Calcutta medical institutions reports 1892-1900
Year: 1892
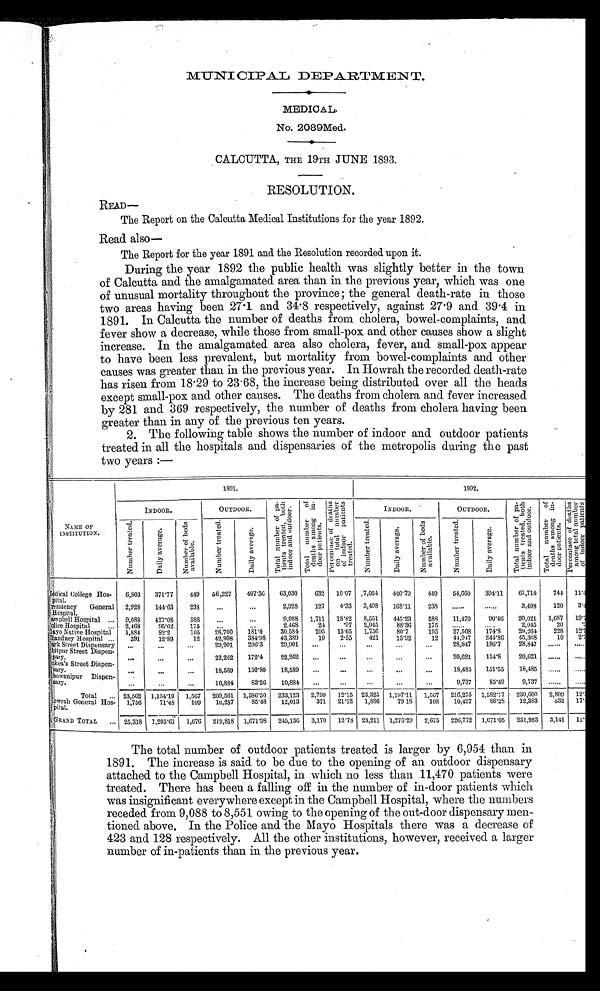
MUNI CIPAL DEPARTMENT.
MEDICAL.
No. 2089Med.
CALCUTTA, THE 19TH JUNE 1893.
RESOLUTION.
READ—
The Report on the Calcutta Medical Institutions for the year 1892.
Read also —
The Report for the year 1891 and the Resolution recorded upon it.
During the year 1892 the public health was slightly better in the town
of Calcutta and the amalgamated area than in the previous year, which was one
of unusual mortality throughout the province; the general death-rate in those
two areas having been 27.1 and 34.8 respectively, against 27 . 9 and 39 . 4 in
1891. In Calcutta the number of deaths from cholera, bowel-complaints, and
fever show a decrease, while those from small-pox and other causes show a slight
increase. In the amalgamated area also cholera, fever, and small-pox appear
to have been less prevalent, but mortality from bowel-complaints and other
causes was greater than in the previous year. In Howrah the recorded death-rate
has risen from 18 . 29 to 23.68, the increase being distributed over all the heads
except small-pox and other causes. The deaths from cholera and fever increased
by 281 and 369 respectively, the number of deaths from cholera having been
greater than in any of the previous ten years.
2. The following table shows the number of indoor and outdoor patients
treated in all the hospitals and dispensaries of the metropolis during the past
two years:—
NAME OF
INSTITUTION.
1891.
1892.
INDOOR.
OUTDOOR.
T o t a l n u m b e r o f p a -
t i e n t s t r e a t e d , b o t h
i n d o o r a n d o u t d o o r .
T o t a l n u m b e r o f
d e a t h s a m o n g i n -
d o o r p a t i e n t s .
P e r c e n t a g e o f d e a t h s
o n t o t a l n u m b e r
o f i n d o o r p a t i e n t s t r e a t e d .
INDOOR.
OUTDOOR.
Tot al number of pa-
t i ent s t reat ed, bot h
i ndoor and out door.
Tot al number of
deat hs among i n-
door pat i ent s.
P e r c e n t a g e o f d e a t h s
o n t o t a l n u m b e r
o f i n d o o r p a t i e n t s
t r e a t e d .
N u m b e r t r e a t e d .
D a i l y a v e r a g e .
N u m b e r o f b e d s
a v a i l a b l e .
N u m b e r t r e a t e d .
D a i l y a v e r a g e .
N u m b e r t r e a t e d .
D a i l y a v e r a g e .
Number of beds
avai l abl e.
N u m b e r t r e a t e d .
D a i l y a v e r a g e .
Medical College Hos-
pital.
6,803
371.77
449
56,227
407.36
63,030
632
10.07
7,054
400.79
449
54,660
394.11
61,714
744
1 1 . 4
Presidency General
Hospital.
2,928
144.63
23 8
...
...
2,928
127
4.33
3,498
168.11
238
...... ......
3,498
120
3 . 4
Campbell Hospital
. . . 9,088 427.08 588 ...
...
9,088
1,711
18.82
8,551
445.23
588
11,470
90.46
20,021
1,687
19. 7
Police Hospital
... 2,468
9 5 . 6 2
175
... ...
2,468
24
.97
2,045
88.36
175
......
. . . . . .
2,045
20
. 9
Mayo Native Hospital 1,884
82.2
105
28,700
181.4
30,584
295
15.65
1,756
80.7
105
27,508
174.8
29,264
228
12. 9
Chandney Hospital ...
391
12.89
12
42,998
384.98
43,389
10
2.55
421
13.92
12
44,947
344.86
45,368
10
2 . 3
Park Street Dispensary
. . .
...
. . .
29,901
206.3
29,901
...
...
...
...
. . .
28,847
186.7
28,847
. . . . . .
. . . . . .
Chitpur Street Dispen-
sary.
. . .
...
...
22,262
172.4
22,262
...
. . .
. . .
. . .
. . .
20,621
154.8
20,621
. . . . . . ......
Sukea's Street Dispen-
sary.
...
...
...
18,589
150.80
18,589
...
...
...
...
. . .
18,485
151.55
18,485
. . . . . .
. . . . . .
Bhowanipur Dispen-
sary.
...
...
...
10,884 83.26 10,884 ...
...
...
...
...
9,737
85.49
9,737......
. . . . . .
Total
... 23,562 1,134.19 1.567 209,561 1,586.50 233,123 2,799 12.15 23,325 1,197.11 1,567 216,275 1,582.77
239,600
2,809
12.
H o w r a h G e n e r a l H o s -
pital.
1,756
71.48
109
10,257
85.48
12,013
371
21.12
1,886
79.18
108
10,497
88.28
12,383
332
17.
GRAND TOTAL
... 25,318 1,205.67
1,676 219,818 1,671.98
245,136
3,170
12.78 25,211 1,276.29
2,675
226,772 1,671.05
251,983
3,141 12.
The total number of outdoor patients treated is larger by 6,954 than in
1891. The increase is said to be due to the opening of an outdoor dispensary
attached to the Campbell Hospital, in which no less than 11,470 patients were
treated. There has been a falling off in the number of in-door patients which
was insignificant everywhere except in the Campbell Hospital, where the numbers
receded from 9,088 to 8,551 owing to the opening of the out-door dispensary men-
tioned above. In the Police and the Mayo Hospitals there was a decrease of
423 and 128 respectively. All the other institutions, however, received a larger
number of in-patients than in the previous year.